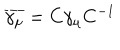
\overline { { { \gamma _ { \mu } } } } = C \gamma _ { \mu } C ^ { - 1 }